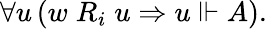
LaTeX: \forall u\, (w\; R_{i}\; u\Rightarrow u\Vdash A).